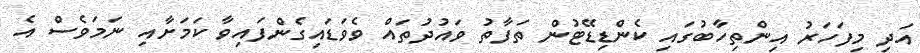
އަދި މިފަހަރު އިންތިހާބުގައި ކެންޑިޑޭޓުން ތަފާތު ވައުދުތައް ވެވަޑައިގެންފައިވާ ކަމަށާއި ނަމަވެސް އެ